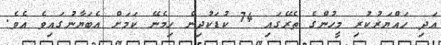
އަދި ހައްޔަރުކުރި މީހުންގެ ތެރޭގައި 74 ކުޑަކުދިން ހިމެނޭ ކަމަށް އެބަޔާނުގައިވެ އެވެ.